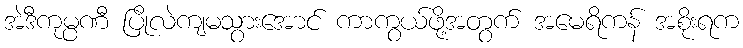
အဲဒီကုမ္ပဏီ ပြိုလဲကျမသွားအောင် ကာကွယ်ဖို့အတွက် အမေရိကန် အစိုးရက